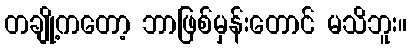
တချို့ကတော့ ဘာဖြစ်မှန်းတောင် မသိဘူး။